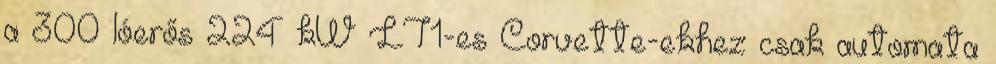
a 300 lóerős 224 kW LT1-es Corvette-ekhez csak automata